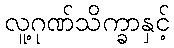
လူ့ဂုဏ်သိက္ခာနှင့်